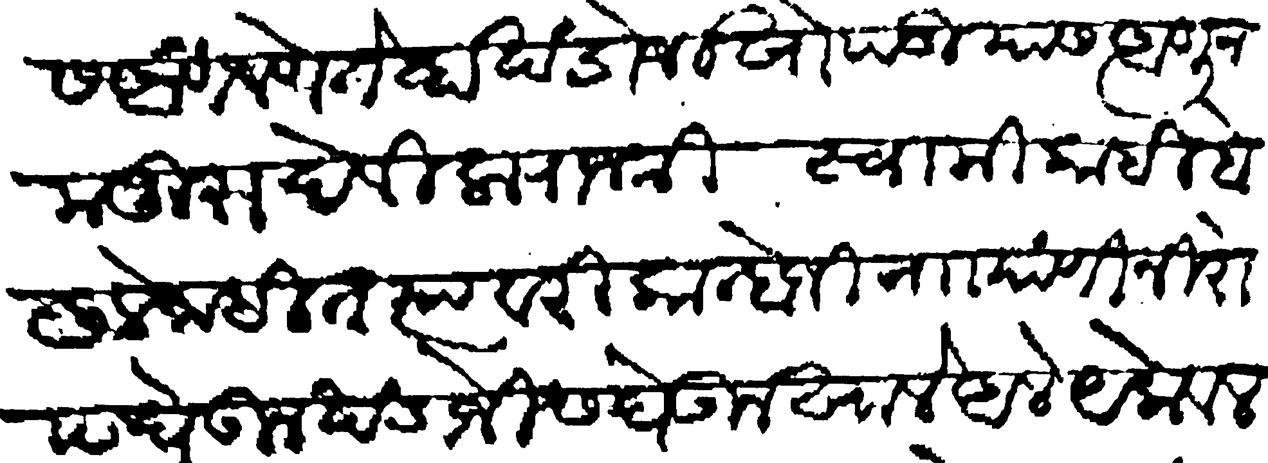
Transliteration (Devanagari): त्यास आणवणे तेव्हा खंडोजी खोपडीयास आणून मजुरा देविला राजश्री स्वामी काही बोलिले नाहीत त्यावरी कान्होजी नाा यांणी निरोप घेऊन खंडोजीस घेऊन खाले आले येक वेल